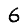
Digit: 6